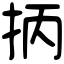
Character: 抦